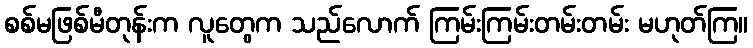
စစ်မဖြစ်မီတုန်းက လူတွေက သည်လောက် ကြမ်းကြမ်းတမ်းတမ်း မဟုတ်ကြ။